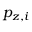
p _ { z , i }